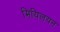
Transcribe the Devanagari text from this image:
मियिलयन